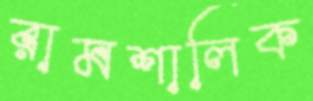
রামশালিক